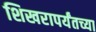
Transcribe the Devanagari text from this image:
शिखरापर्यंतच्या